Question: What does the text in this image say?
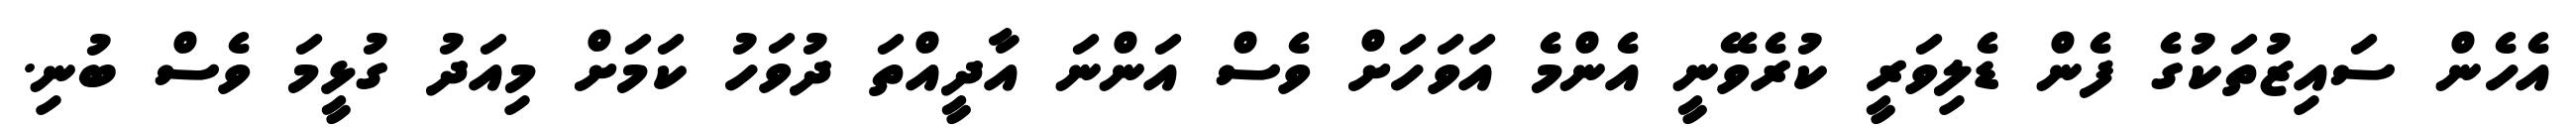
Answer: އެހެން ސައިޒުތަކުގެ ފެން ޑެލިވަރީ ކުރެވޭނީ އެންމެ އަވަހަށް ވެސް އަންނަ އާދީއްތަ ދުވަހު ކަމަށް މިއަދު ގުޅީމަ ވެސް ބުނި.